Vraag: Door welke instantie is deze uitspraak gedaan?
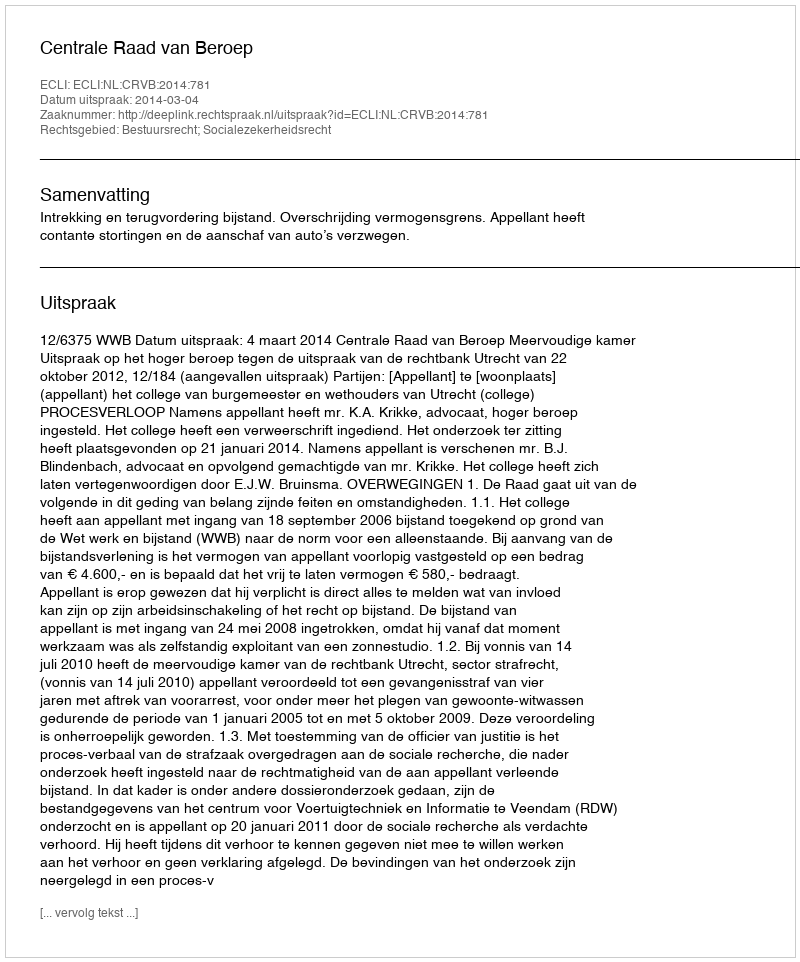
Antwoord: Centrale Raad van Beroep